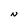
Character: N